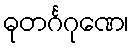
ဓုတင်္ဂဂုဏေ၊